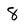
Character: 8